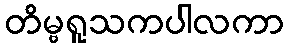
တိမ္ဗရူသကပါလကာ